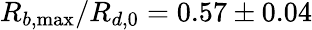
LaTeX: R_{b,\operatorname*{max}}/R_{d,0}=0.57\pm 0.04